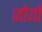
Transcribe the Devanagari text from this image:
जोयाँ